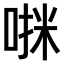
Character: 𫪷